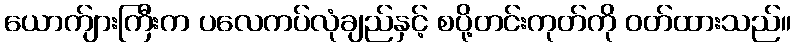
ယောက်ျားကြီးက ပလေကပ်လုံချည်နှင့် စပို့တင်းကုတ်ကို ဝတ်ထားသည်။